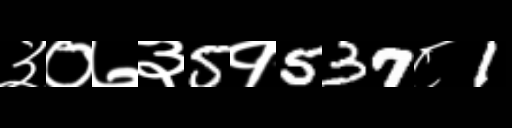
Text: ३०७३5१537८1